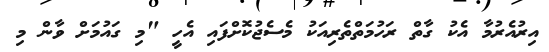
އިރުއެރުމާ އެކު ގާތް ރަހުމަތްތެރިއަކު މެސެޖުކޮށްފައި އެހީ "މި ގައުމަށް ވާން މި